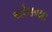
ઓલવાઇ